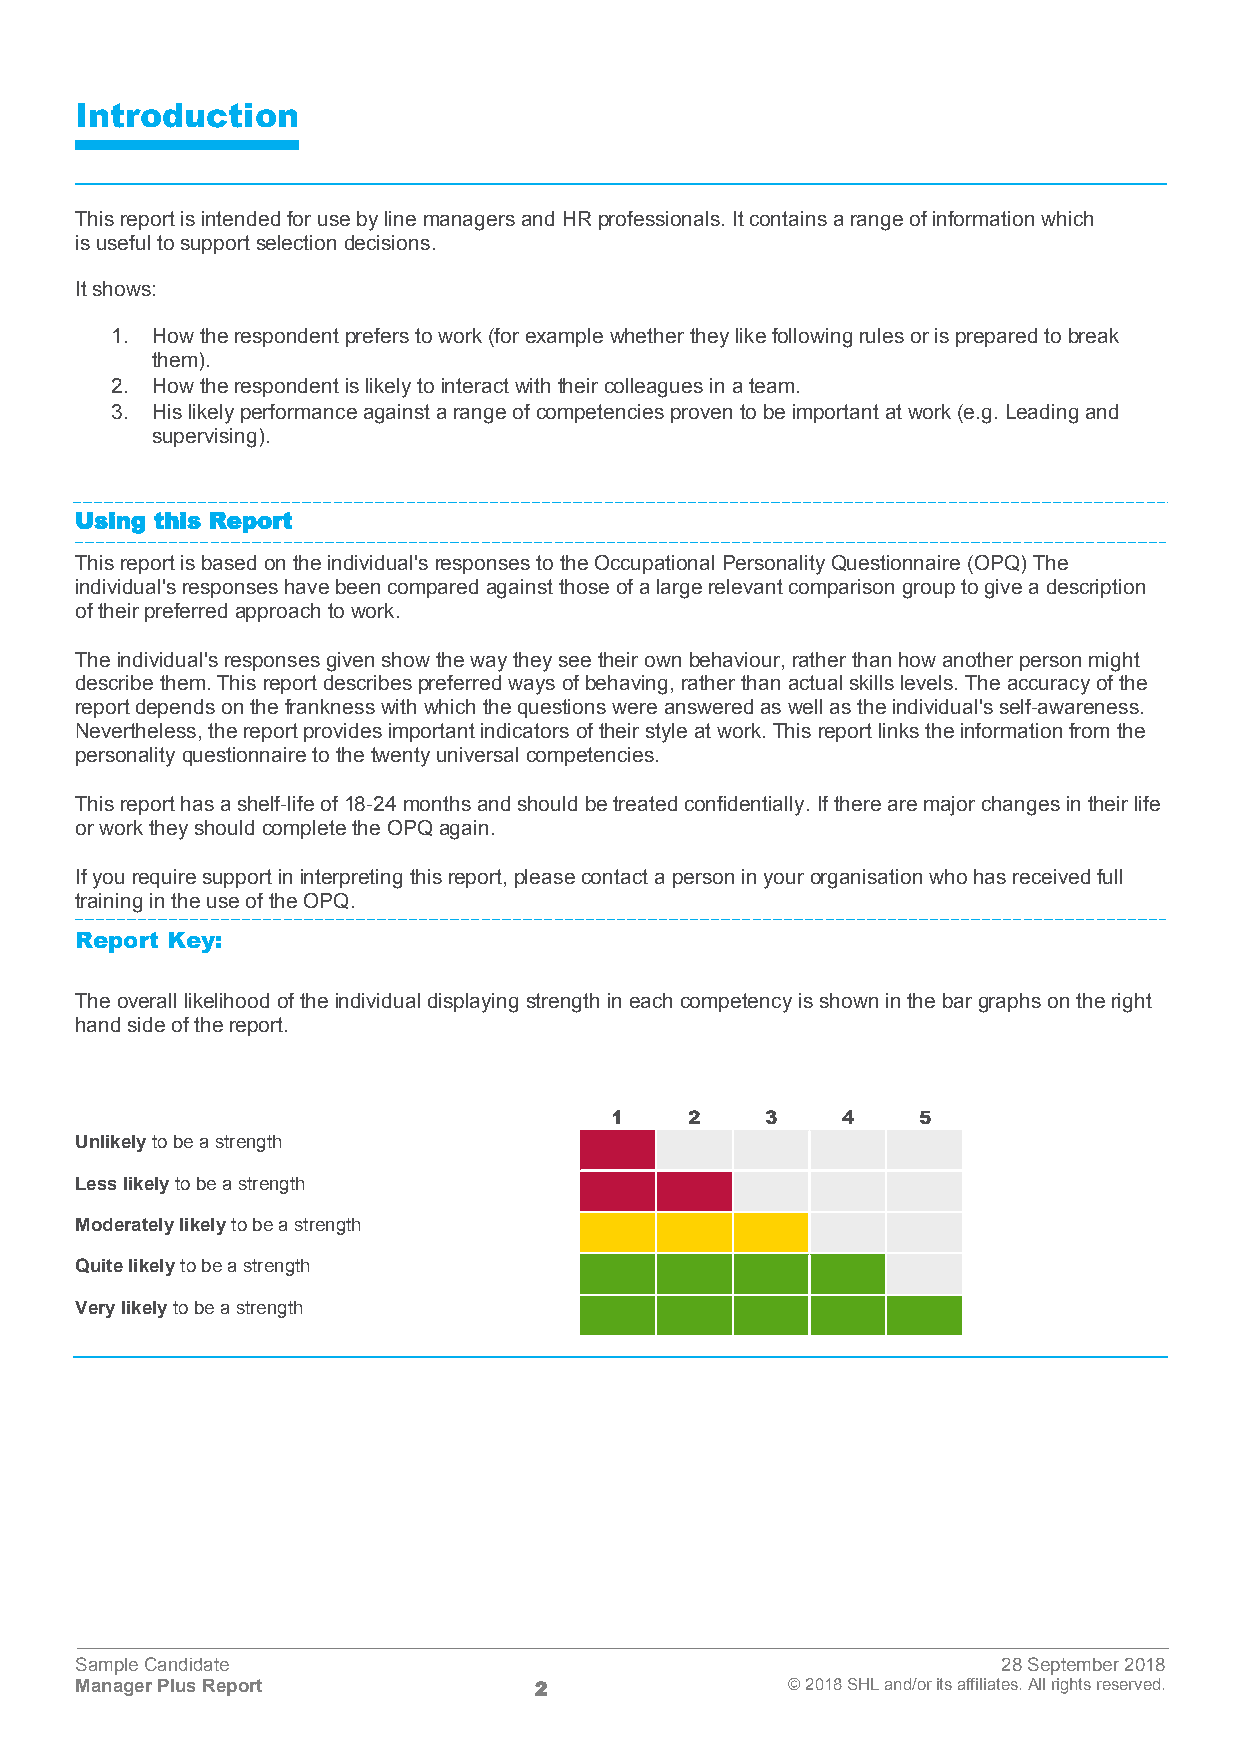
Introduction
 This report is intended for use by line managers and HR professionals. It contains a range of information which
 is useful to support selection decisions.
 It shows:
 1. How the respondent prefers to work (for example whether they like following rules or is prepared to break
 them).
 2. How the respondent is likely to interact with their colleagues in a team.
 3. His likely performance against a range of competencies proven to be important at work (e.g. Leading and
 supervising).
 Using this Report
 This report is based on the individual's responses to the Occupational Personality Questionnaire (OPQ) The
 individual's responses have been compared against those of a large relevant comparison group to give a description
 of their preferred approach to work.
 The individual's responses given show the way they see their own behaviour, rather than how another person might
 describe them. This report describes preferred ways of behaving, rather than actual skills levels. The accuracy of the
 report depends on the frankness with which the questions were answered as well as the individual's self-awareness.
 Nevertheless, the report provides important indicators of their style at work. This report links the information from the
 personality questionnaire to the twenty universal competencies.
 This report has a shelf-life of 18-24 months and should be treated confidentially. If there are major changes in their life
 or work they should complete the OPQ again.
 If you require support in interpreting this report, please contact a person in your organisation who has received full
 training in the use of the OPQ.
 Report Key:
 The overall likelihood of the individual displaying strength in each competency is shown in the bar graphs on the right
 hand side of the report.
 1     2    3    4    5
 Unlikely to be a strength
 Less likely to be a strength
 Moderately likely to be a strength
 Quite likely to be a strength
 Very likely to be a strength
 Sample Candidate                                             28 September 2018
 Manager Plus Report           2                © 2018 SHL and/or its affiliates. All rights reserved.